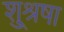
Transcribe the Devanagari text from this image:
शु्श्रूषा